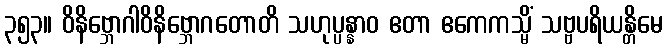
၃၅၃။ ဝိနိဗ္ဘောဂါဝိနိဗ္ဘောဂတောတိ သဟုပ္ပန္နာဝ ဧတာ ဧကေကသ္မိံ သဗ္ဗပရိယန္တိမေ